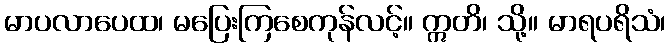
မာပလာပေထ၊ မပြေးကြစေကုန်လင့်။ ဣတိ၊ သို့။ မာရပရိသံ၊